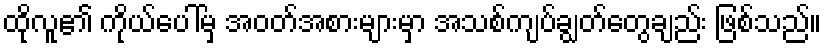
ထိုလူ၏ ကိုယ်ပေါ်မှ အဝတ်အစားများမှာ အသစ်ကျပ်ချွတ်တွေချည်း ဖြစ်သည်။